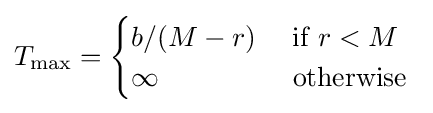
T_{\text{max}}={\begin{cases}b/(M-r)&{\text{ if }}r<M\\\infty &{\text{ otherwise }}\end{cases}}